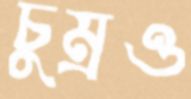
চুম্‌রও